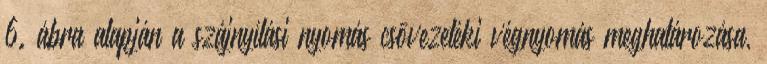
6. ábra alapján a szájnyílási nyomás csõvezetéki végnyomás meghatározása,